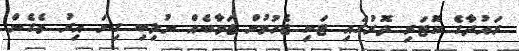
ރައުދާގެ ކޮޓަރި ދޮރުގައި ޓަކި ޖެހުމުން ޖަވާބެއް ނުލިބި ގިނަ އިރު ވެގެން